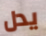
يدل